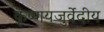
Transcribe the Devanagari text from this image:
कृष्णयजुर्वेदीय